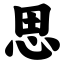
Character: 思